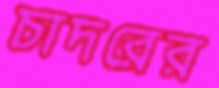
চাদরের